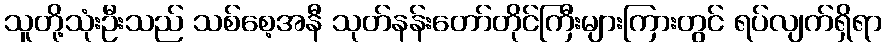
သူတို့သုံးဦးသည် သစ်စေ့အနီ သုတ်နန်းတော်တိုင်ကြီးများကြားတွင် ရပ်လျက်ရှိရာ